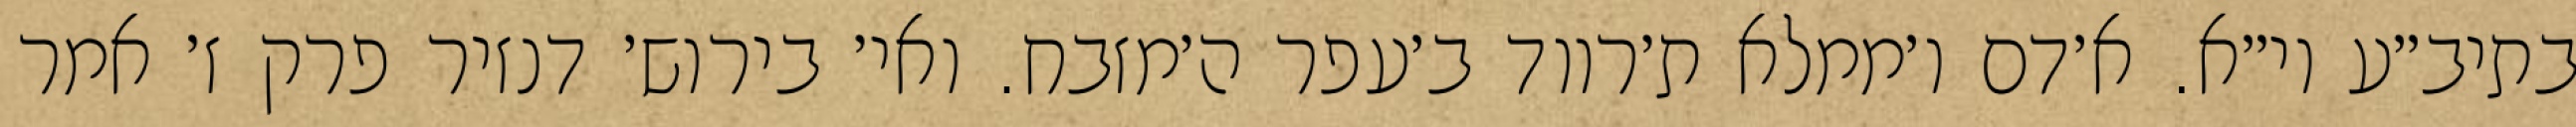
בתיב״ע וי״א. א׳דם ו׳ממלא ת׳רווד ב׳עפר ה׳מזבח. ואי׳ בירוש׳ דנזיר פרק ז׳ אמר